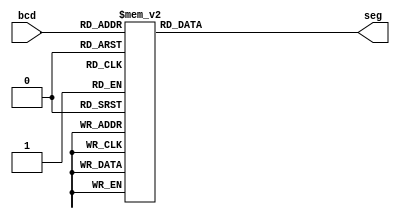
`timescale 1ns / 1ps
/*
 * Description:
 *
 * Dependencies:
 *
 * Revision:
 *
 */

module seven_seg_decoder(
    output reg [7:0] seg,
    input [3:0] bcd
    );

    always @ (*)
        case (bcd)
        4'b0000: seg = 8'b1100_0000;
        4'b0001: seg = 8'b1111_1001;
        4'b0010: seg = 8'b1010_0100;
        4'b0011: seg = 8'b1011_0000;
        4'b0100: seg = 8'b1001_1001;
        4'b0101: seg = 8'b1001_0010;
        4'b0110: seg = 8'b1000_0010;
        4'b0111: seg = 8'b1111_1000;
        4'b1000: seg = 8'b1000_0000;
        4'b1001: seg = 8'b1001_0000;
        4'b1010: seg = 8'b1000_1000;
        4'b1011: seg = 8'b1000_0011;
        4'b1100: seg = 8'b1100_0110;
        4'b1101: seg = 8'b1010_0001;
        4'b1110: seg = 8'b1000_0110;
        4'b1111: seg = 8'b1000_1110;
        endcase
endmodule